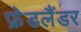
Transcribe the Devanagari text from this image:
फ्रेडलैंडर